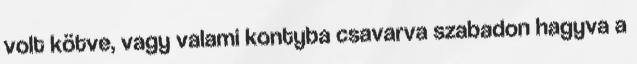
volt kötve, vagy valami kontyba csavarva szabadon hagyva a